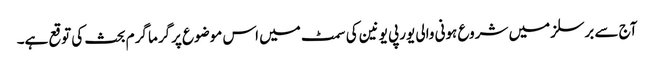
آج سے برسلز میں شروع ہونی والی یورپی یونین کی سمٹ میں اس موضوع پرگرما گرم بحث کی توقع ہے۔